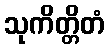
သုကိတ္တိတံ